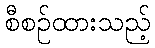
စီစဉ်ထားသည့်